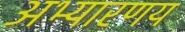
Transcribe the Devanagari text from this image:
अभ्‍यारणय